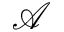
\mathcal { A }